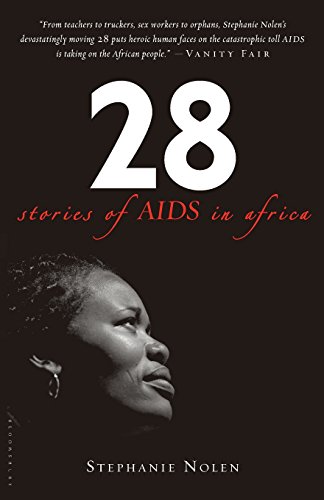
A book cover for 28: Stories of AIDS in Africa; Stephanie Nolen; Health, Fitness & Dieting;